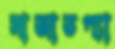
সাজাতপ্যা